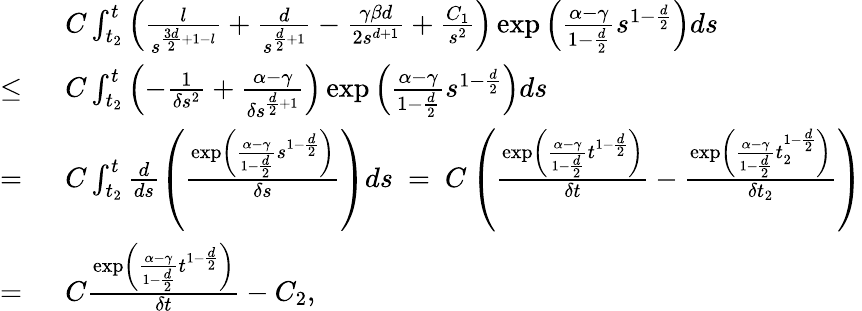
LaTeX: \begin{array}{rl}&{C\int_{t_{2}}^{t}\left(\frac{l}{s^{\frac{3d}{2}+1-l}}+\frac{d}{s^{\frac{d}{2}+1}}-\frac{\gamma\beta d}{2s^{d+1}}+\frac{C_{1}}{s^{2}}\right)\exp\left(\frac{\alpha-\gamma}{1-\frac{d}{2}}s^{1-\frac{d}{2}}\right)ds}\\ {\leq\ }&{C\int_{t_{2}}^{t}\left(-\frac{1}{\delta s^{2}}+\frac{\alpha-\gamma}{\delta s^{\frac{d}{2}+1}}\right)\exp\left(\frac{\alpha-\gamma}{1-\frac{d}{2}}s^{1-\frac{d}{2}}\right)ds}\\ {=\ }&{C\int_{t_{2}}^{t}\frac{d}{ds}\left(\frac{\exp\left(\frac{\alpha-\gamma}{1-\frac{d}{2}}s^{1-\frac{d}{2}}\right)}{\delta s}\right)ds\ =\ C\left(\frac{\exp\left(\frac{\alpha-\gamma}{1-\frac{d}{2}}t^{1-\frac{d}{2}}\right)}{\delta t}-\frac{\exp\left(\frac{\alpha-\gamma}{1-\frac{d}{2}}t_{2}^{1-\frac{d}{2}}\right)}{\delta t_{2}}\right)}\\ {=\ }&{C\frac{\exp\left(\frac{\alpha-\gamma}{1-\frac{d}{2}}t^{1-\frac{d}{2}}\right)}{\delta t}-C_{2},}\end{array}